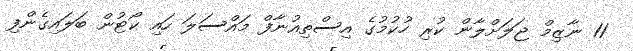
11 ނާޒިމް ޖަލަށްލާން ކުރި ހުކުމުގެ އިސްތިއުނާފް މައްސަލަ ހައި ކޯޓުން ބަލައިގެންފި